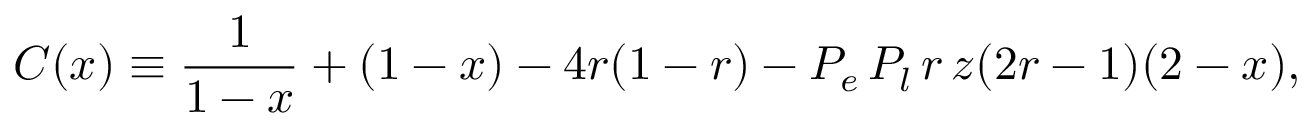
C ( x ) \equiv \frac { 1 } { 1 - x } + ( 1 - x ) - 4 r ( 1 - r ) - P _ { e } \, P _ { l } \, r \, z ( 2 r - 1 ) ( 2 - x ) ,